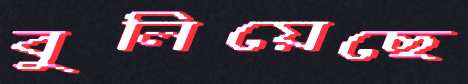
বুলিয়েছে